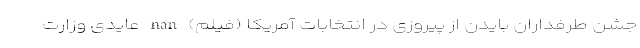
جشن طرفداران بایدن از پیروزی در انتخابات آمریکا (فیلم) nan عایدی وزارت